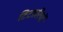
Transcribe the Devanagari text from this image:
टिटहरियों